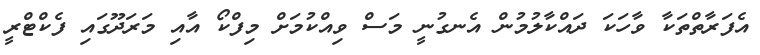
އެފަރާތްތަކާ ވާހަކަ ދައްކާލުމުން އެނގުނީ މަސް ވިއްކުމަށް މިފްކޯ އާއި މަރަދޫގައި ފެކްޓްރީ